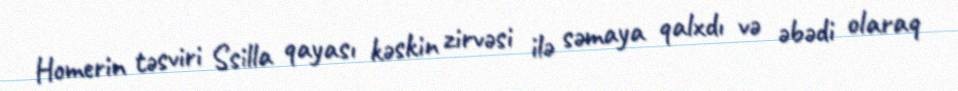
Homerin təsviri Ssilla qayası kəskin zirvəsi ilə səmaya qalxdı və əbədi olaraq